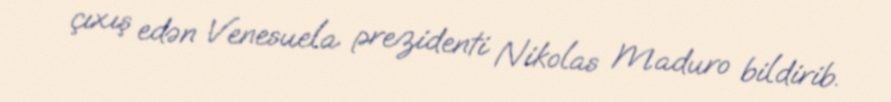
çıxış edən Venesuela prezidenti Nikolas Maduro bildirib.